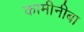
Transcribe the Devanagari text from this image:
कामीनीबा